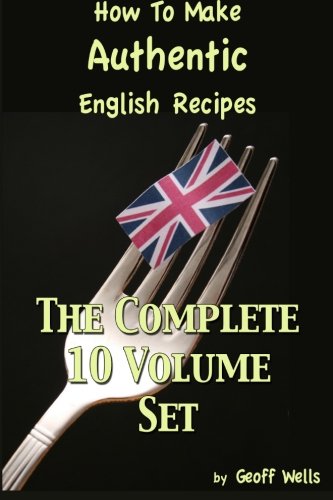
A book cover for How To Make Authentic English Recipes - The Complete 10 Volume Set; Geoff Wells; Health, Fitness & Dieting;